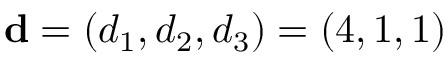
\mathbf { d } = ( d _ { 1 } , d _ { 2 } , d _ { 3 } ) = ( 4 , 1 , 1 )